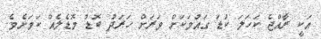
އަކީ ރާއްޖެ ކަހަލަ ކުޑަ ގައުމަކަށް ވަރަށް ހަރަދު ބޮޑު މޮޑެލެއް ކަމަށެވެ.